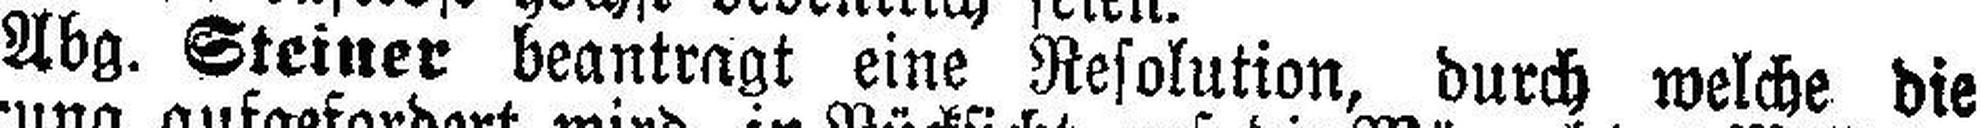
Abg. Steiner beantragt eine Resolution, durch welche die